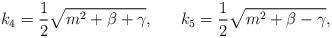
LaTeX: \begin{align*}k_4=\frac{1}{2}\sqrt{m^2+\beta+\gamma},\ \ \ \ \ k_5=\frac{1}{2}\sqrt{m^2+\beta-\gamma}, \end{align*}